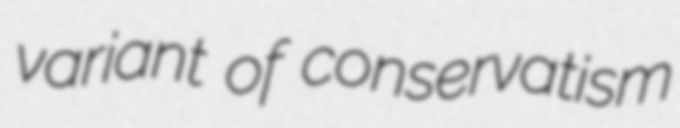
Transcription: variant of conservatism